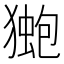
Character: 𭸤